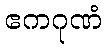
ဧကဂုဏံ